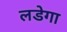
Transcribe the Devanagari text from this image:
लडेगा